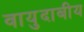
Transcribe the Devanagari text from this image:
वायुदाबीय